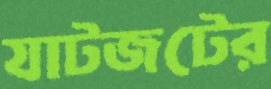
যাটজটের